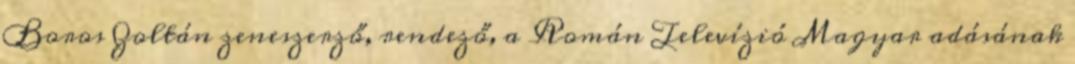
Boros Zoltán zeneszerző, rendező, a Román Televízió Magyar adásának